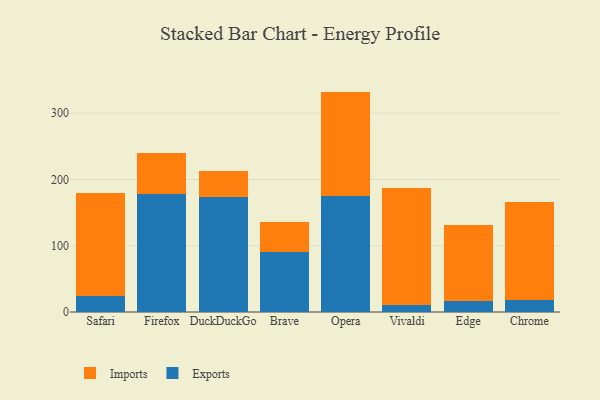
{"axis": {"x": "Browser", "y": "Backlog"}, "legend": ["Exports", "Imports"], "data": [{"x": "Safari", "y": 24.5, "type": "Exports"}, {"x": "Safari", "y": 155.7, "type": "Imports"}, {"x": "Firefox", "y": 178.1, "type": "Exports"}, {"x": "Firefox", "y": 61.3, "type": "Imports"}, {"x": "DuckDuckGo", "y": 173.8, "type": "Exports"}, {"x": "DuckDuckGo", "y": 38.8, "type": "Imports"}, {"x": "Brave", "y": 91.1, "type": "Exports"}, {"x": "Brave", "y": 44.4, "type": "Imports"}, {"x": "Opera", "y": 174.4, "type": "Exports"}, {"x": "Opera", "y": 158.2, "type": "Imports"}, {"x": "Vivaldi", "y": 10.1, "type": "Exports"}, {"x": "Vivaldi", "y": 177.5, "type": "Imports"}, {"x": "Edge", "y": 16.7, "type": "Exports"}, {"x": "Edge", "y": 114.2, "type": "Imports"}, {"x": "Chrome", "y": 18.6, "type": "Exports"}, {"x": "Chrome", "y": 147.9, "type": "Imports"}]}